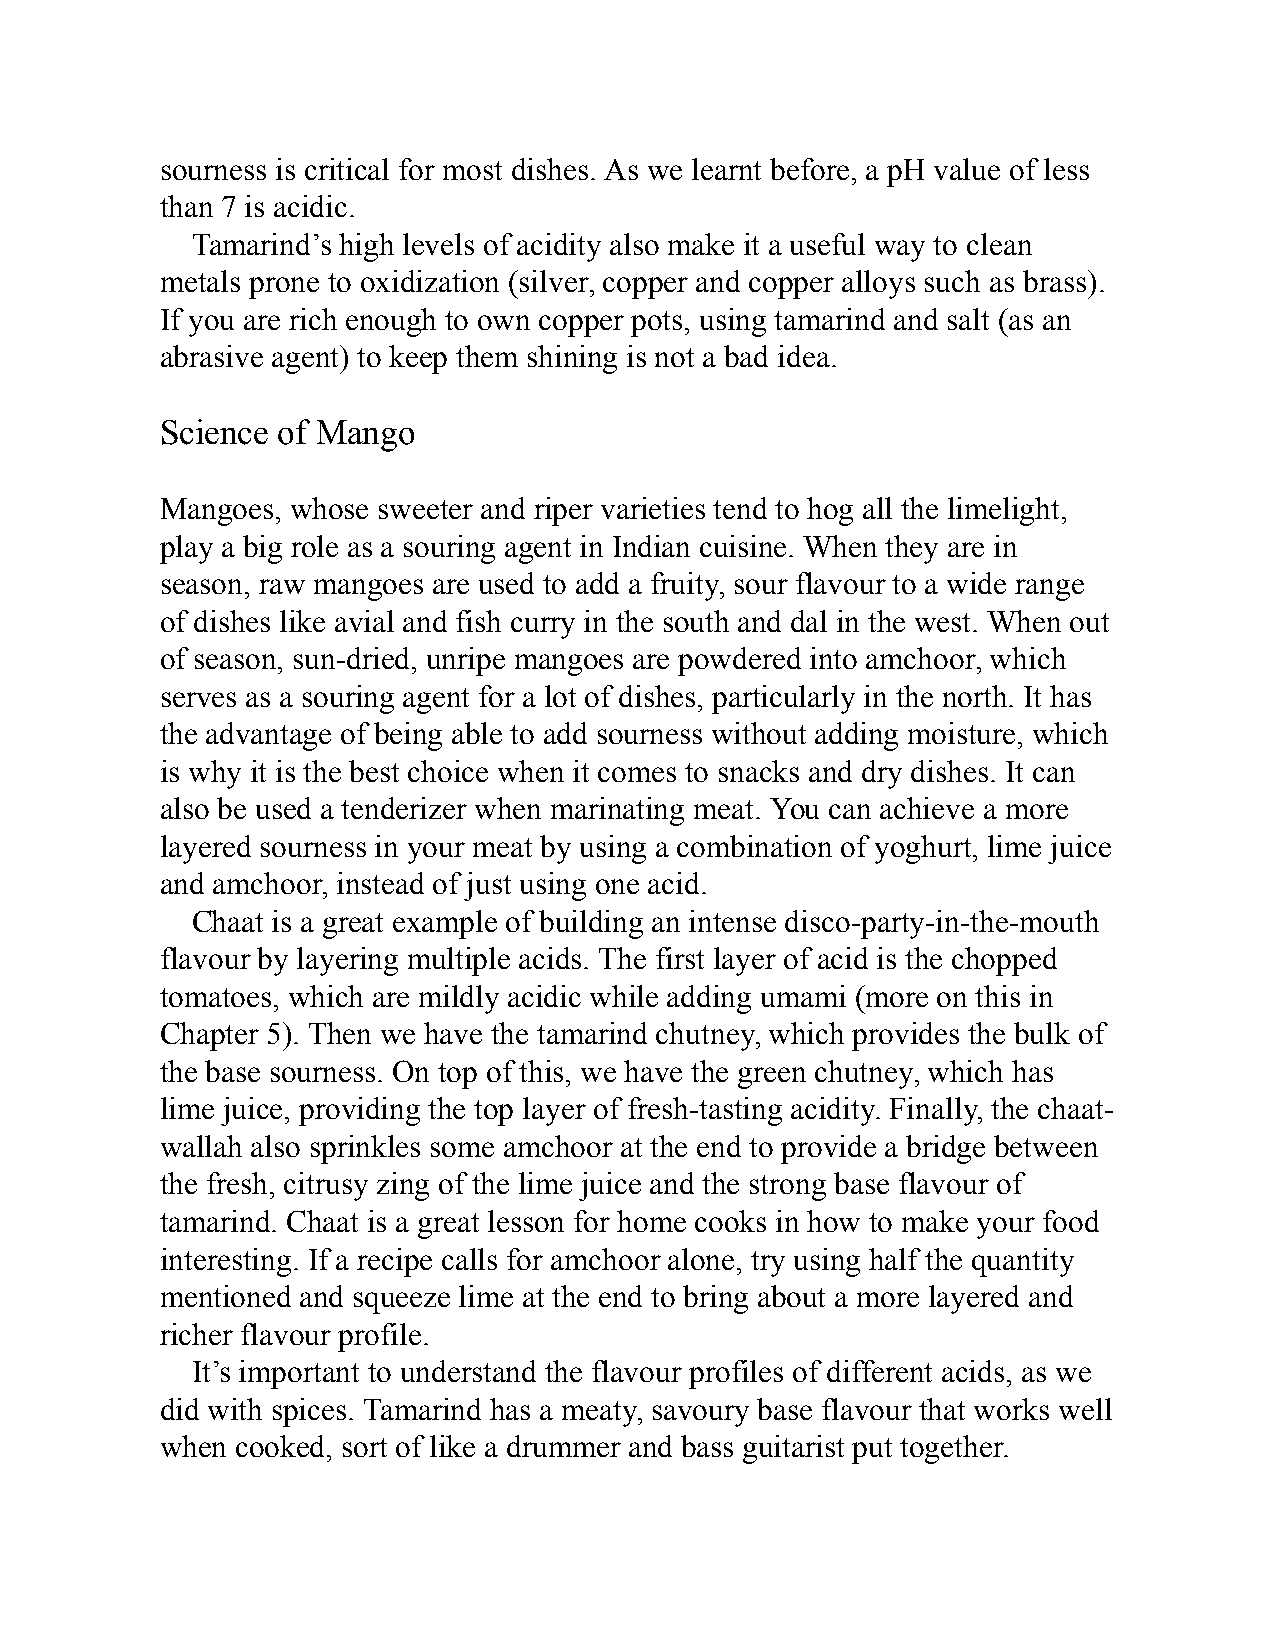
sourness is critical for most dishes. As we learnt before, a pH value of less
 than 7 is acidic.
 Tamarind’s high levels of acidity also make it a useful way to clean
 metals prone to oxidization (silver, copper and copper alloys such as brass).
 If you are rich enough to own copper pots, using tamarind and salt (as an
 abrasive agent) to keep them shining is not a bad idea.
 Science of Mango
 Mangoes, whose sweeter and riper varieties tend to hog all the limelight,
 play a big role as a souring agent in Indian cuisine. When they are in
 season, raw mangoes are used to add a fruity, sour flavour to a wide range
 of dishes like avial and fish curry in the south and dal in the west. When out
 of season, sun-dried, unripe mangoes are powdered into amchoor, which
 serves as a souring agent for a lot of dishes, particularly in the north. It has
 the advantage of being able to add sourness without adding moisture, which
 is why it is the best choice when it comes to snacks and dry dishes. It can
 also be used a tenderizer when marinating meat. You can achieve a more
 layered sourness in your meat by using a combination of yoghurt, lime juice
 and amchoor, instead of just using one acid.
 Chaat is a great example of building an intense disco-party-in-the-mouth
 flavour by layering multiple acids. The first layer of acid is the chopped
 tomatoes, which are mildly acidic while adding umami (more on this in
 Chapter 5). Then we have the tamarind chutney, which provides the bulk of
 the base sourness. On top of this, we have the green chutney, which has
 lime juice, providing the top layer of fresh-tasting acidity. Finally, the chaat-
 wallah also sprinkles some amchoor at the end to provide a bridge between
 the fresh, citrusy zing of the lime juice and the strong base flavour of
 tamarind. Chaat is a great lesson for home cooks in how to make your food
 interesting. If a recipe calls for amchoor alone, try using half the quantity
 mentioned and squeeze lime at the end to bring about a more layered and
 richer flavour profile.
 It’s important to understand the flavour profiles of different acids, as we
 did with spices. Tamarind has a meaty, savoury base flavour that works well
 when cooked, sort of like a drummer and bass guitarist put together.